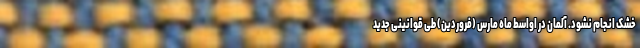
خشک انجام نشود. آلمان در اواسط ماه مارس (فروردین) طی قوانینی جدید